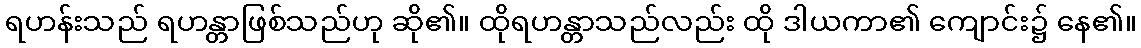
ရဟန်းသည် ရဟန္တာဖြစ်သည်ဟု ဆို၏။ ထိုရဟန္တာသည်လည်း ထို ဒါယကာ၏ ကျောင်း၌ နေ၏။